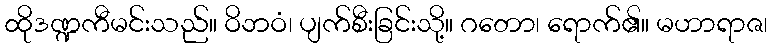
ထိုဒဏ္ဍကီမင်းသည်။ ဝိဘဝံ၊ ပျက်စီးခြင်းသို့။ ဂတော၊ ရောက်၏။ မဟာရာဇ၊